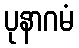
ပုနာဂမံ